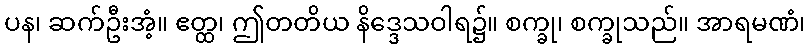
ပန၊ ဆက်ဦးအံ့။ ဧတ္ထ၊ ဤတတိယ နိဒ္ဒေသဝါရ၌။ စက္ခု၊ စက္ခုသည်။ အာရမဏံ၊